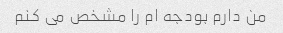
من دارم بودجه ام را مشخص می کنم